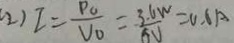
2 ) I = \frac { P _ { 0 } } { V _ { 0 } } = \frac { 3 . 6 W } { 6 V } = 0 . 6 A